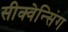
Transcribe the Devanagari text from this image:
सीक्वेन्सिंग